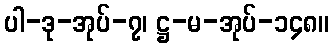
ပါ-ဒု-အုပ်-၇၊ ဋ္ဌ-မ-အုပ်-၁၄၈။